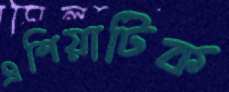
এশিয়াটিক